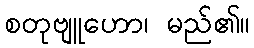
စတုဗျူဟော၊ မည်၏။